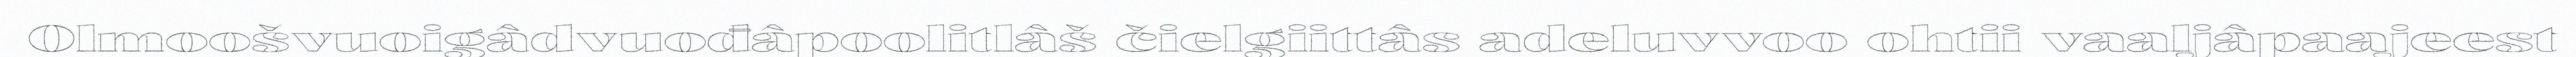
Olmoošvuoigâdvuođâpoolitlâš čielgiittâs adeluvvoo ohtii vaaljâpaajeest